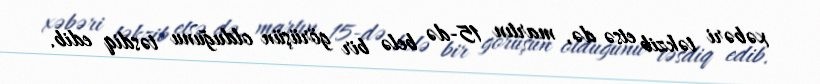
xəbəri təkzib etsə də, martın 15-də belə bir görüşün olduğunu təsdiq edib.